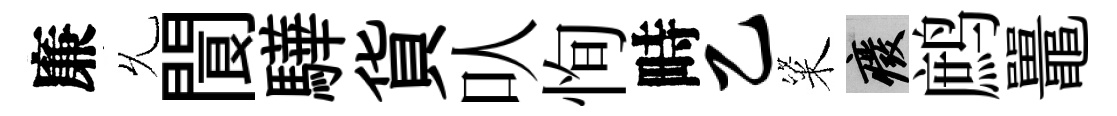
廉𠃔閬驊貨㕥恂畤乙粢廢鹧鼉